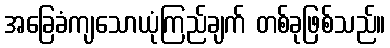
အခြေခံကျသောယုံကြည်ချက် တစ်ခုဖြစ်သည်။